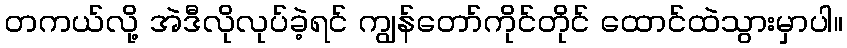
တကယ်လို့ အဲဒီလိုလုပ်ခဲ့ရင် ကျွန်တော်ကိုင်တိုင် ထောင်ထဲသွားမှာပါ။